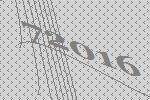
72016